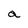
Character: a